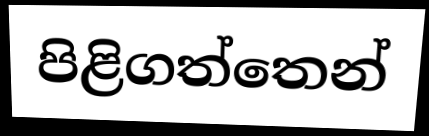
පිළිගත්තෙන්